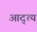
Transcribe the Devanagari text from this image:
आद्त्य